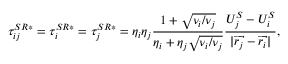
\tau _ { i j } ^ { S R * } = \tau _ { i } ^ { S R * } = \tau _ { j } ^ { S R * } = \eta _ { i } \eta _ { j } \frac { 1 + \sqrt { \nu _ { i } / \nu _ { j } } } { \eta _ { i } + \eta _ { j } \sqrt { \nu _ { i } / \nu _ { j } } } \frac { U _ { j } ^ { S } - U _ { i } ^ { S } } { | \overrightarrow { r _ { j } } - \overrightarrow { r _ { i } } | } ,